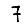
Digit: 7